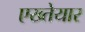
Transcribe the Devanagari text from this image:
एख्तेयार